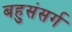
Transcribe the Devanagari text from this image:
बहुसंसर्ग